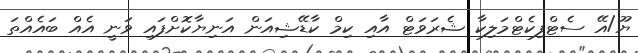
ޔޫ/އޭ ސެޓްފިކެޓްމަލިކާ ޝެރަވަޓް އާއި ކިމް ކާޑޭޝިއަން އަނިޔާކޮށްފައި ވަނީ އެއް ބައެއްތަ